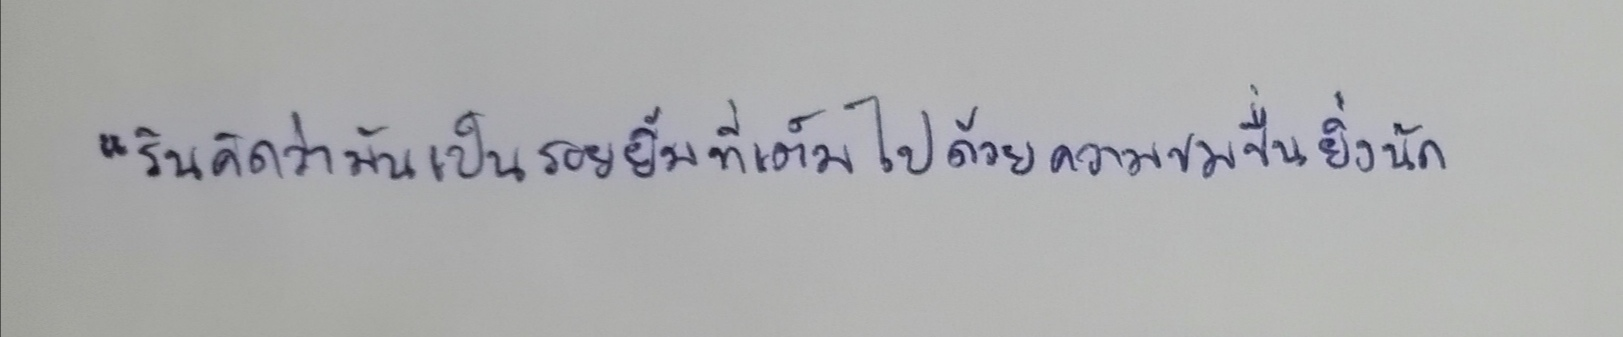
"รินคิดว่ามันเป็นรอยยิ้มที่เต็มไปด้วยความขมขื่นยิ่งนัก